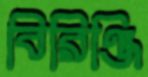
বিরিঞ্জি